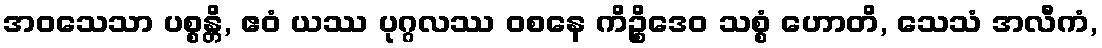
အဝသေသာ ပစ္စန္တိ, ဧဝံ ယဿ ပုဂ္ဂလဿ ဝစနေ ကိဉ္စိဒေဝ သစ္စံ ဟောတိ, သေသံ အလီကံ,